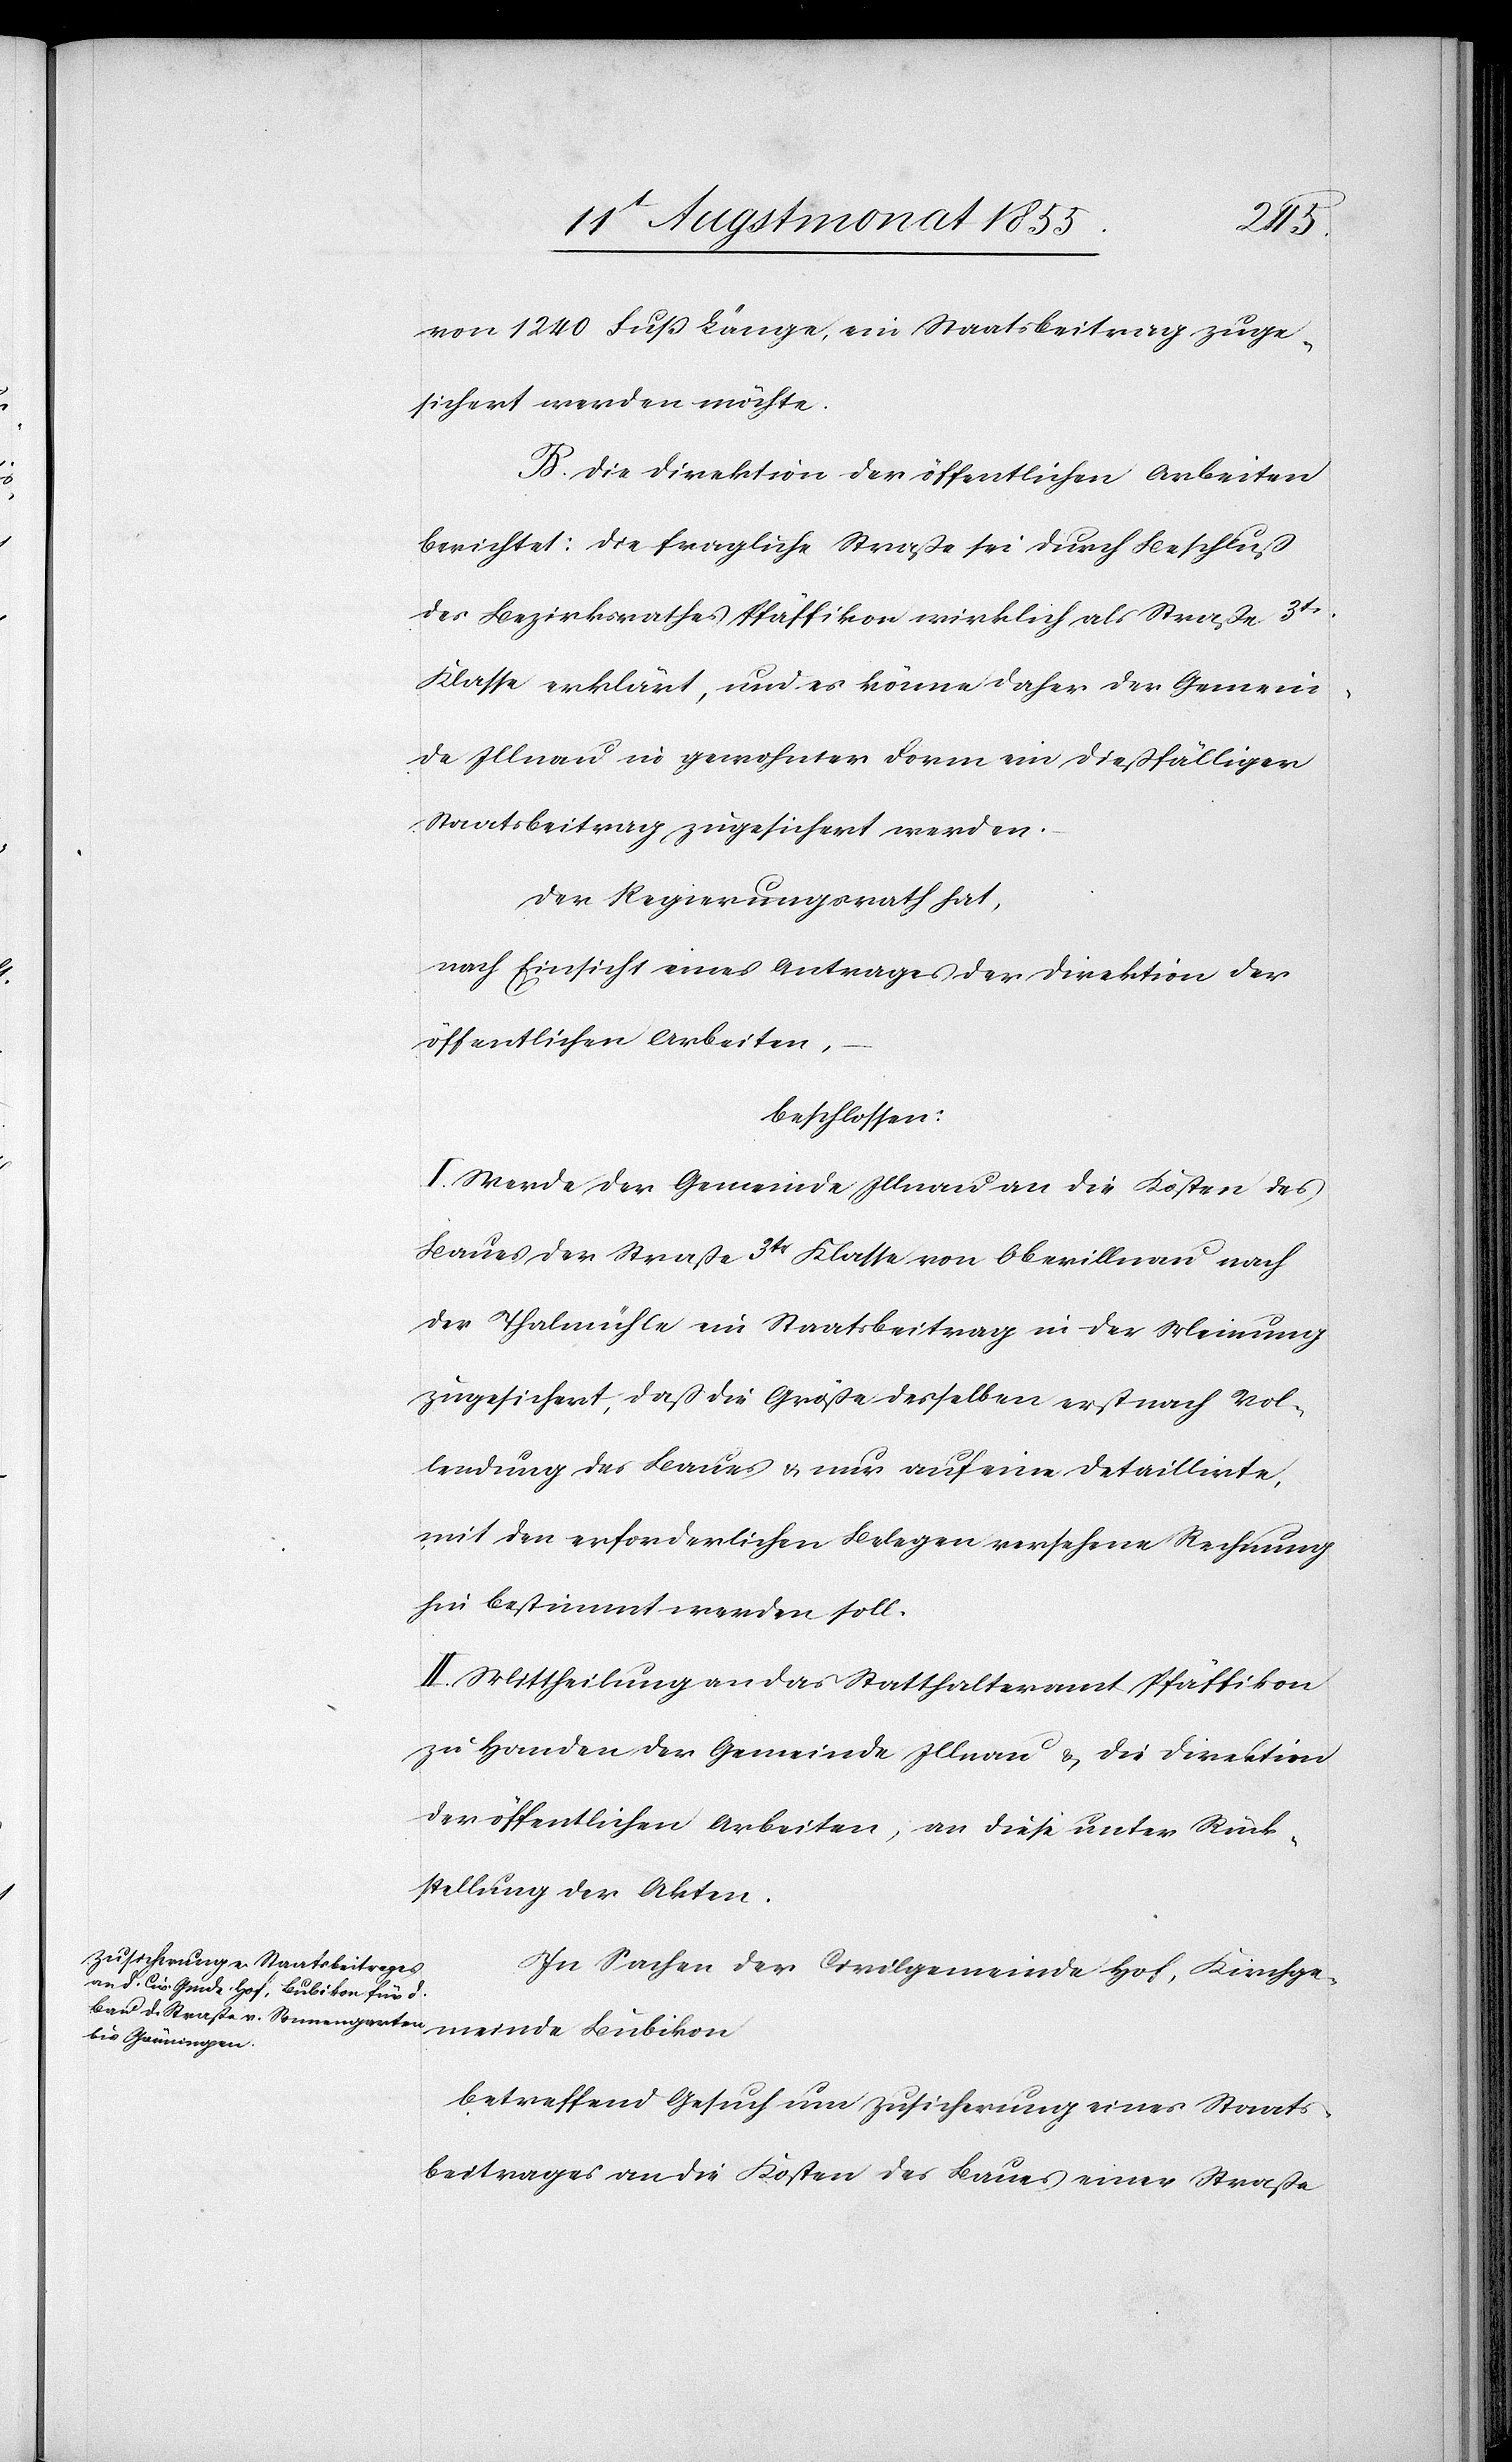
von 1240 Fuß Länge, ein Staatsbeitrag zuge¬
sichert werden möchte.
B. Die Direktion der öffentlichen Arbeiten
berichtet: Die fragliche Straße sei durch Beschluß
des Bezirksrathes Pfäffikon wirklich als Straße 3tr
Klasse erklärt, und es könne daher der Gemein¬
de Illnau in gewohnter Form ein dießfälliger
Staatsbeitrag zugesichert werden.
Der Regierungsrath hat,
nach Einsicht eines Antrages der Direktion der
öffentlichen Arbeiten,
beschlossen:
I. Werde der Gemeinde Illnau an die Kosten des
Baues der Straße 3tr Klasse von Oberillnau nach
der Thalmühle ein Staatsbeitrag in der Meinung
zugesichert, daß die Größe desselben erst nach Vol¬
lendung des Baues & nur auf eine detaillirte,
mit den erforderlichen Belegen versehene Rechnung
hin bestimmt werden soll.
II. Mittheilung an das Statthalteramt Pfäffikon
zu Handen der Gemeinde Illnau & die Direktion
der öffentlichen Arbeiten, an diese unter Rück¬
stellung der Akten.
In Sachen der Civilgemeinde Hof, Kirchge¬
meinde Bubikon
betreffend Gesuch um Zusicherung eines Staats¬
beitrages an die Kosten des Baues einer Straße